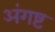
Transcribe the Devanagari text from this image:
अंगष्ट